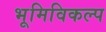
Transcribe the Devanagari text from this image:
भूमिविकल्प